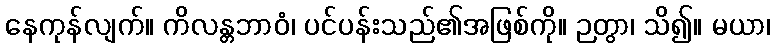
နေကုန်လျက်။ ကိလန္တဘာဝံ၊ ပင်ပန်းသည်၏အဖြစ်ကို။ ဉတွာ၊ သိ၍။ မယာ၊